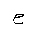
Letter: _ha